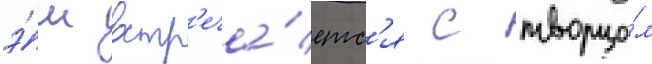
э́ш встр'еча́етс'я с творцо́м